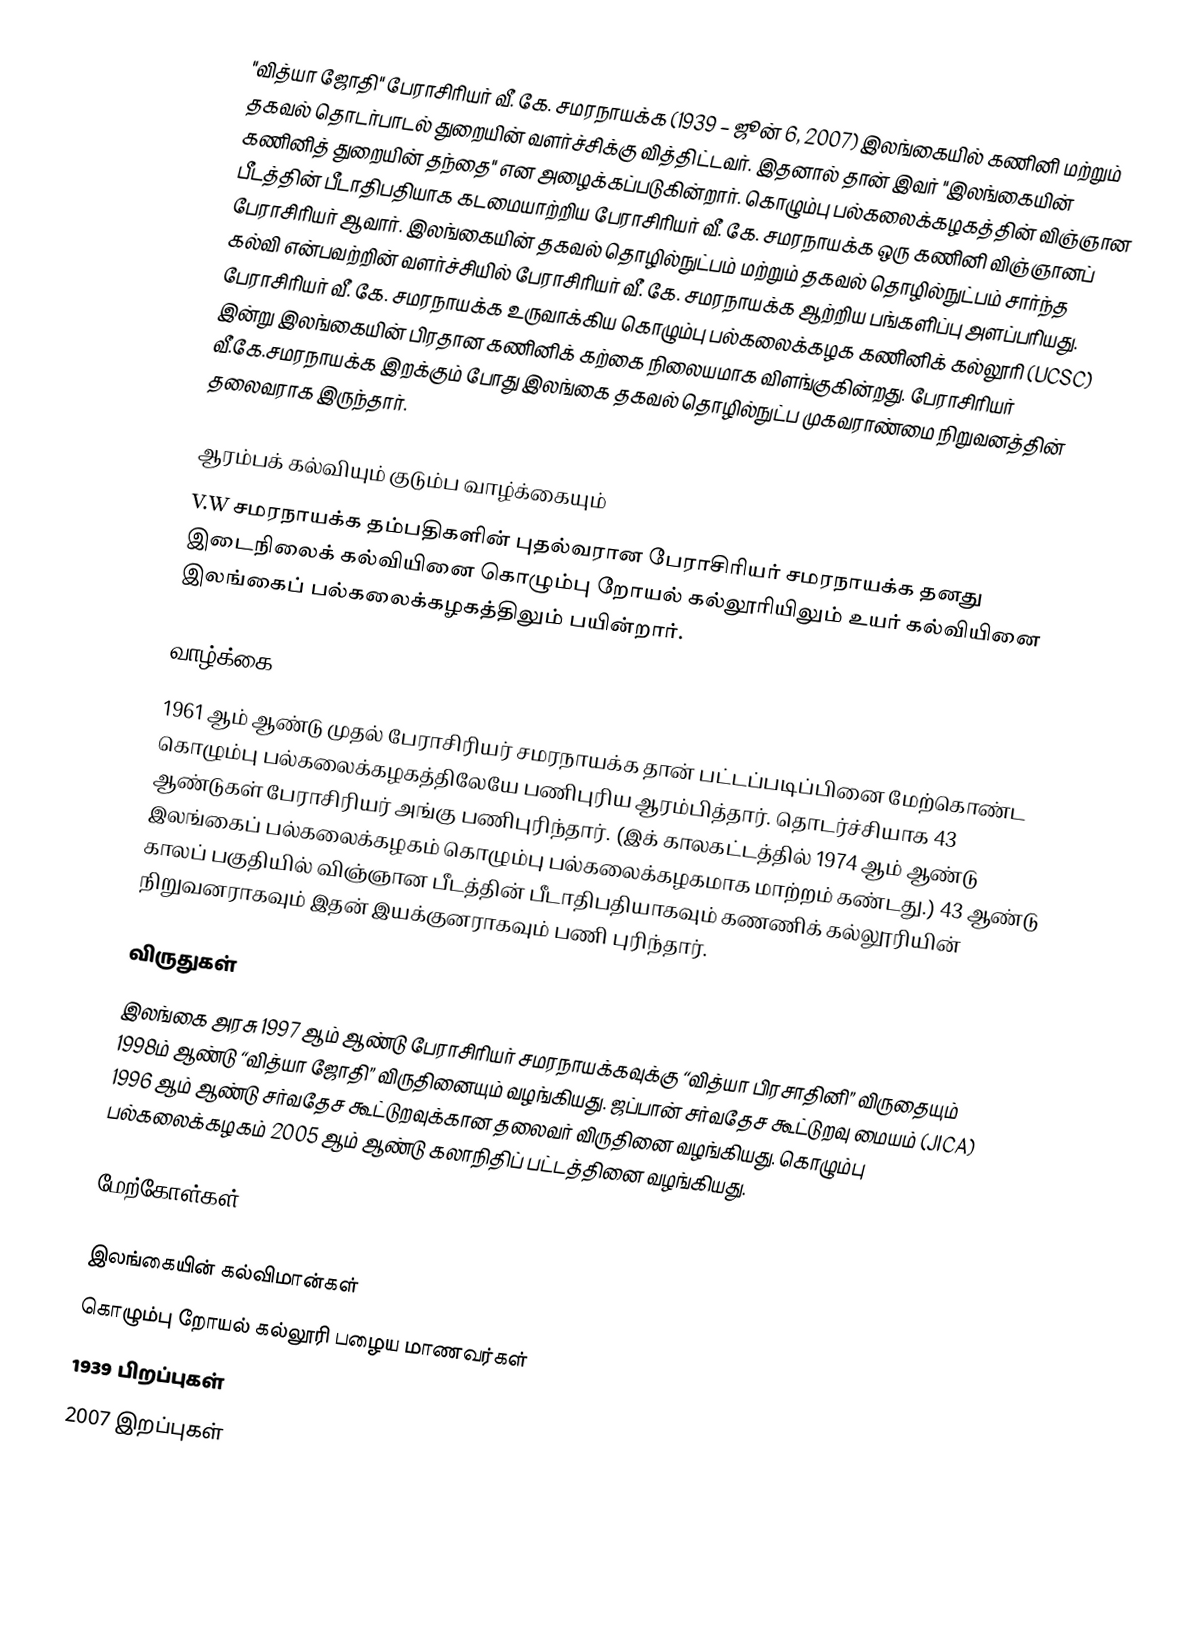
"வித்யா ஜோதி" பேராசிரியர் வீ. கே. சமரநாயக்க (1939 – ஜூன் 6, 2007) இலங்கையில் கணினி மற்றும் தகவல் தொடர்பாடல் துறையின் வளர்ச்சிக்கு வித்திட்டவர். இதனால் தான் இவர் "இலங்கையின் கணினித் துறையின் தந்தை" என அழைக்கப்படுகின்றார். கொழும்பு பல்கலைக்கழகத்தின் விஞ்ஞான பீடத்தின் பீடாதிபதியாக கடமையாற்றிய பேராசிரியர் வீ. கே. சமரநாயக்க ஒரு கணினி விஞ்ஞானப் பேராசிரியர் ஆவார். இலங்கையின் தகவல் தொழில்நுட்பம் மற்றும் தகவல் தொழில்நுட்பம் சார்ந்த கல்வி என்பவற்றின் வளர்ச்சியில் பேராசிரியர் வீ. கே. சமரநாயக்க ஆற்றிய பங்களிப்பு அளப்பரியது. பேராசிரியர் வீ. கே. சமரநாயக்க உருவாக்கிய கொழும்பு பல்கலைக்கழக கணினிக் கல்லூரி (UCSC) இன்று இலங்கையின் பிரதான கணினிக் கற்கை நிலையமாக விளங்குகின்றது. பேராசிரியர் வீ.கே.சமரநாயக்க இறக்கும் போது இலங்கை தகவல் தொழில்நுட்ப முகவராண்மை நிறுவனத்தின் தலைவராக இருந்தார்.

ஆரம்பக் கல்வியும் குடும்ப வாழ்க்கையும்
V.W சமரநாயக்க தம்பதிகளின் புதல்வரான பேராசிரியர் சமரநாயக்க தனது இடைநிலைக் கல்வியினை கொழும்பு றோயல் கல்லூரியிலும் உயர் கல்வியினை இலங்கைப் பல்கலைக்கழகத்திலும் பயின்றார்.

வாழ்க்கை
1961 ஆம் ஆண்டு முதல் பேராசிரியர் சமரநாயக்க தான் பட்டப்படிப்பினை மேற்கொண்ட கொழும்பு பல்கலைக்கழகத்திலேயே பணிபுரிய ஆரம்பித்தார். தொடர்ச்சியாக 43 ஆண்டுகள் பேராசிரியர் அங்கு பணிபுரிந்தார். (இக் காலகட்டத்தில் 1974 ஆம் ஆண்டு இலங்கைப் பல்கலைக்கழகம் கொழும்பு பல்கலைக்கழகமாக மாற்றம் கண்டது.) 43 ஆண்டு காலப் பகுதியில் விஞ்ஞான பீடத்தின் பீடாதிபதியாகவும் கணணிக் கல்லூரியின் நிறுவனராகவும் இதன் இயக்குனராகவும் பணி புரிந்தார்.

விருதுகள்
இலங்கை அரசு 1997 ஆம் ஆண்டு பேராசிரியர் சமரநாயக்கவுக்கு “வித்யா பிரசாதினி” விருதையும் 1998ம் ஆண்டு “வித்யா ஜோதி” விருதினையும் வழங்கியது. ஜப்பான் சர்வதேச கூட்டுறவு மையம் (JICA) 1996 ஆம் ஆண்டு சர்வதேச கூட்டுறவுக்கான தலைவர் விருதினை வழங்கியது. கொழும்பு பல்கலைக்கழகம் 2005 ஆம் ஆண்டு கலாநிதிப் பட்டத்தினை வழங்கியது.

மேற்கோள்கள்

இலங்கையின் கல்விமான்கள்
கொழும்பு றோயல் கல்லூரி பழைய மாணவர்கள்
1939 பிறப்புகள்
2007 இறப்புகள்